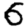
Digit: 6